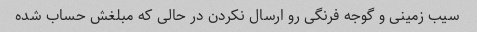
سیب زمینی و گوجه فرنگی رو ارسال نکردن در حالی که مبلغش حساب شده